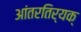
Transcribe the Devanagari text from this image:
आंतरतिर्यक्‌